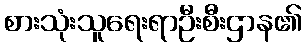
စားသုံးသူရေးရာဦးစီးဌာန၏